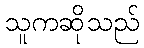
သူကဆိုသည်